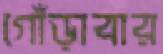
গোঁড়াবার